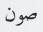
صون